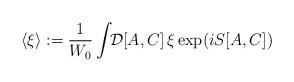
LaTeX: \begin{align*}\langle \xi \rangle:= {1\over W_0} \int\!\! {\cal D}[A,C] \, \xi\exp (i S [A,C])\end{align*}